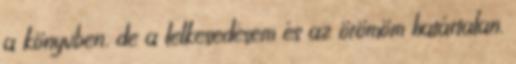
a könyvben, de a lelkesedésem és az örömöm határtalan.